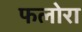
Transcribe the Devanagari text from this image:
फलोरा